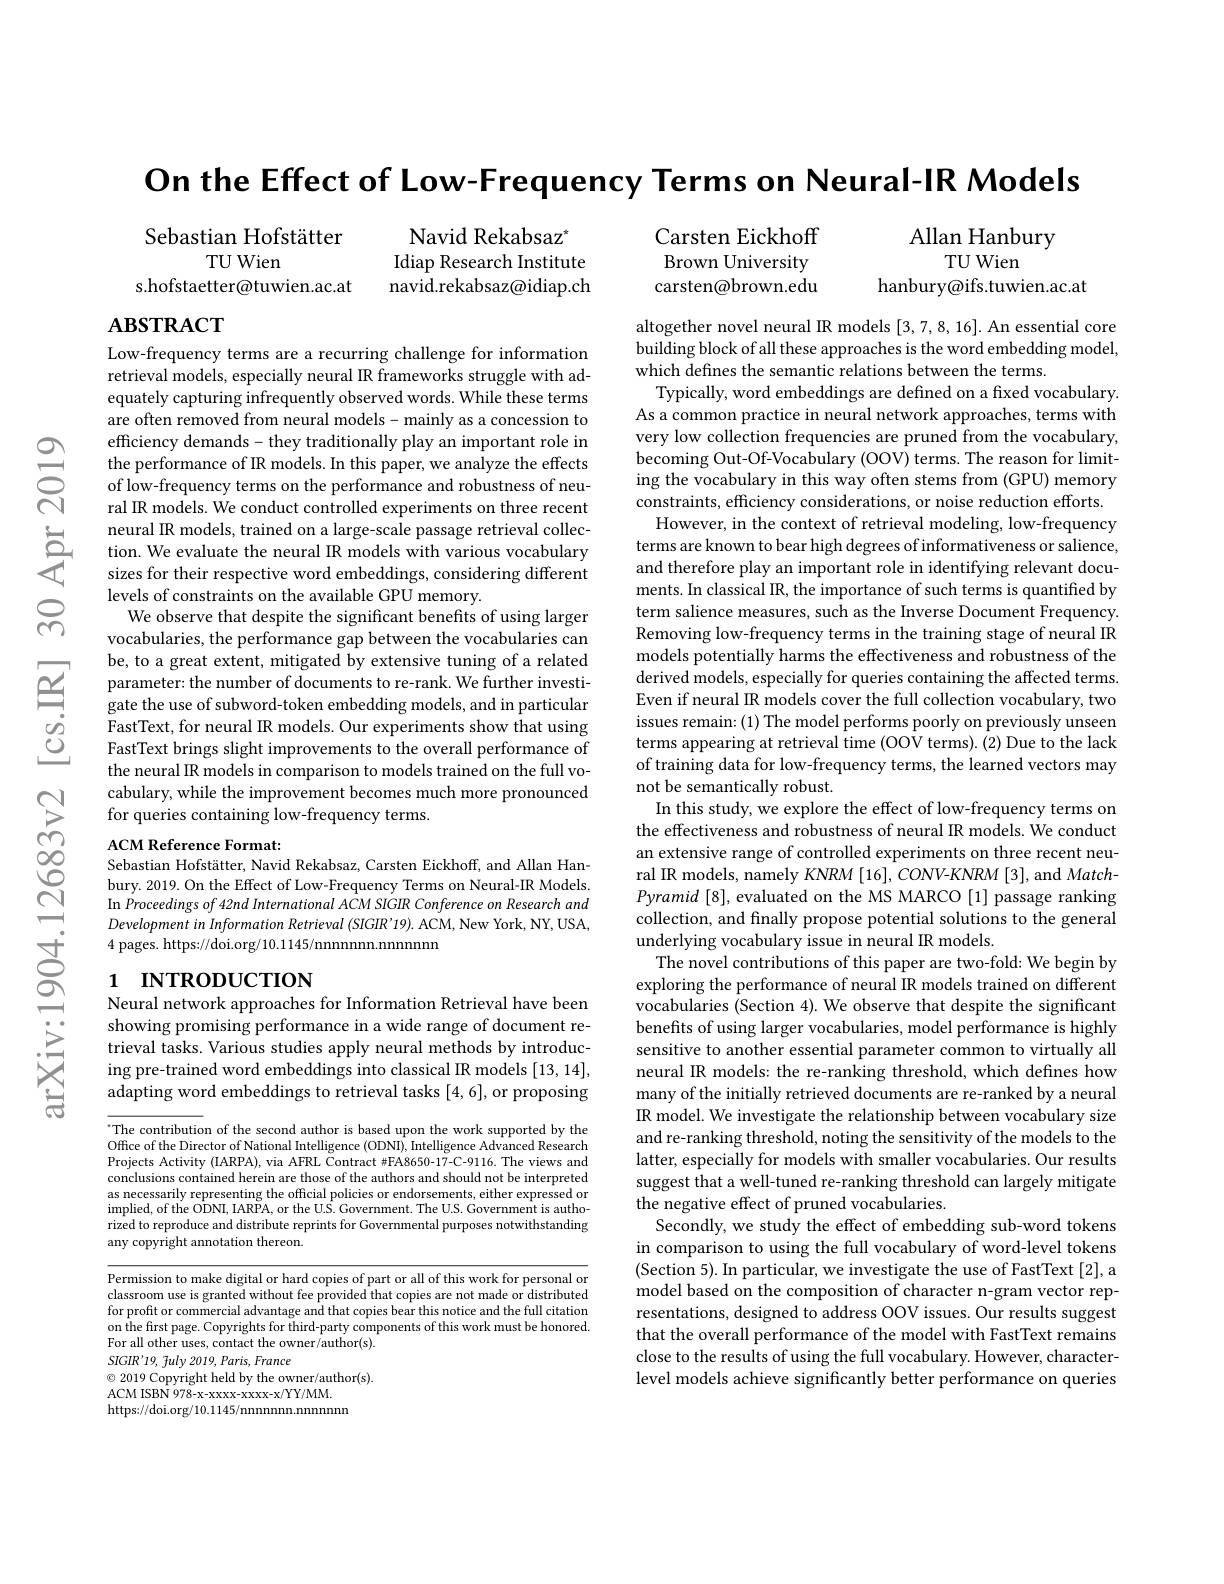
$స్సి$

On the Effect of Low-Frequency Terms on Neural-IR Models

Allan Hanbury
TU Wien
hanbury@ifs.tuwien.ac.at

Sebastian Hofstätter
Navid Rekabsaz"
Carsten Eickhoff
TU Wien
Idiap Research Institute
Brown University
s.hofstaetter@tuwien.ac.at
$\hat{\text{navid.rekabsaz@idiap.ch}}$
carsten@brown.edu

$\mathbf{ABSTRACT}$

Low-frequency terms are a recurring challenge for information retrieval models, especially neural IR frameworks struggle with adequately capturing infrequently observed words. While these terms are often removed from neural models- mainly as a concession to efficiency demands- they traditionally play an important role in the performance of IR models. In this paper, we analyze the effects of low-frequency terms on the performance and robustness of neural IR models. We conduct controlled experiments on three recent
neural IR models, trained on a large- scale passage retrieval collec- tion. We evaluate the neural IR models with various vocabulary sizes for their respective word embeddings, considering different
sizes for their respective word embeddings, considering different
levels of constraints on the available GPU memory.
We observe that despite the significant benefits of using larger vocabularies, the performance gap between the vocabularies can be, to a great extent, mitigated by extensive tuning of a related parameter: the number of documents to re-rank. We further investigate the use of subword-token embedding models, and in particular FastText, for neural IR models. Our experiments show that using FastText brings slight improvements to the overall performance of the neural R models in comparison to models trained on the full vocabulary, while the improvement becomes much more pronounced for queries containing low-frequency terms.

ACM Reference Format:

altogether novel neural IR models [3,7,8,16]. An essential core building block of all these approaches is the word embedding model, which defines the semantic relations between the terms.
Typically, word embeddings are defined on a fixed vocabulary. As a common practice in neural network approaches, terms with very low collection frequencies are pruned from the vocabulary, becoming Out-Of-Vocabulary (OOV) terms. The reason for limiting the vocabulary in this way often stems from (GPU) memory constraints, efficiency considerations, or noise reduction efforts. However, in the context of retrieval modeling, low-frequency
terms are known to bear high degrees of informativeness or salience, and therefore play an important role in identifying relevant documents. In classical IR, the importance of such terms is quantified by term salience measures, such as the Inverse Document Frequency. Removing low-frequency terms in the training stage of neural IR models potentially harms the effectiveness and robustness of the derived models, especially for queries containing the affected terms. Even if neural R models cover the full collection vocabulary, two issues remain: (1) The model performs poorly on previously unseen terms appearing at retrieval time (OOV terms). (2) Due to the lack of training data for low-frequency terms, the learned vectors may not be semantically robust.
In this study, we explore the effect of low-frequency terms on the effectiveness and robustness of neural IR models. We conduct an extensive range of controlled experiments on three recent neural IR models, namely KNRM [16], CONV-KNRM [3], and MatchPyramid[8], evaluated on the MS MARCO[1] passage ranking collection, and finally propose potential solutions to the general underlying vocabulary issue in neural IR models.
The novel contributions of this paper are two-fold: We begin by exploring the performance of neural IR models trained on different vocabularies (Section 4). We observe that despite the significant benefits of using larger vocabularies, model performance is highly sensitive to another essential parameter common to virtually all neural IR models: the re-ranking threshold, which defines how many of the initially retrieved documents are re-ranked by a neural IR model. We investigate the relationship between vocabulary size and re-ranking threshold, noting the sensitivity of the models to the latter, especially for models with smaller vocabularies. Our results suggest that a well-tuned re-ranking threshold can largely mitigate the negative effect of pruned vocabularies.
Secondly, we study the effect of embedding sub-word tokens in comparison to using the full vocabulary of word-level tokens (Section 5). In particular, we investigate the use of FastText [2], a model based on the composition of character n-gram vector representations, designed to address OOV issues. Our results suggest that the overall performance of the model with FastText remains close to the results of using the full vocabulary. However, characterlevel models achieve significantly better performance on queries

Sebastian Hofstätter, Navid Rekabsaz, Carsten Eickhoff, and Allan Hanbury. 2019. On the Effect of Low-Frequency Terms on Neural-IR Models. In Proceedings of 42nd International ACM SIGIR Conference on Research and DevelopmentinInformation Retrieval (SIGIR’19). ACM, New York, NY, USA, 4 pages. https://doi.org/10.1145/nnnnnnn.nnnnnn

## 1 INTRODUCTION Neural network approaches for Information Retrieval have been

showing promising performance in a wide range of document retrieval tasks. Various studies apply neural methods by introducing pre-trained word embeddings into classical IR models [13,14], adapting word embeddings to retrieval tasks [4,6], or proposing

“ The contribution of the second author is based upon the work supported by the Off af al Dis al ath al athor is based upon the work supported by the Office of the Director of National Intelligence (ODNI), Intelligence Advanced Research Projects Activity (IARPA), via AFRL Contract #FA8650-17-C-9116. The views and conclusions contained herein are those of the authors and should not be interpreted as necessarily representing the official policies or endorsements, either expressed or implied, of the ODNI, IARPA, or the U. S. Government. The U. S. Government is autho- of the ODNI, IARPA, or the U. S. Government. The U. S. Government is autho- rized to reproduce and distribute reprints for Governmental purposes notwithstanding any copyright annotation thereon.

$\overline{\text{Permission to make digital or hard copies of part or all of this work for personal or}}$ classroom use is granted without fee provided that copies are not made or distributed for profit or commercial advantage and that copies bear this notice and the full citation on the first page. Copyrights for third-party components of this work must be honored For all other uses, contact the owner/author(s).
SIGIR'19, fuly 2019, Paris, France
$\odot$ 2019 Copyright held by the owner/author(s).
ACM ISBN 978-x-xxxxx-xxx-x/YY/MM. https://doi.org/10.1145/nnnnnnn.nnnnnm